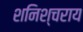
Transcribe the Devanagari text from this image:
शनिश्चराय